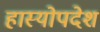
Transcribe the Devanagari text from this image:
हास्योपदेश